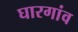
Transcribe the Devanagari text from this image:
घारगांव